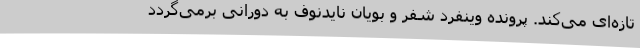
تازه‌ای می‌کند. پرونده وینفرد شفر و بویان نایدنوف به دورانی برمی‌گردد